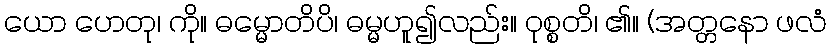
ယော ဟေတု၊ ကို။ ဓမ္မောတိပိ၊ ဓမ္မဟူ၍လည်း။ ဝုစ္စတိ၊ ၏။ (အတ္တနော ဖလံ